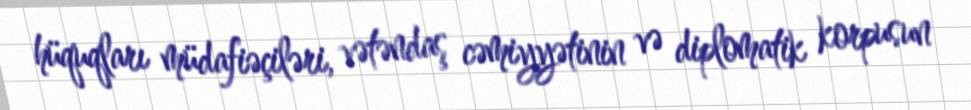
hüquqları müdafiəçiləri, vətəndaş cəmiyyətinin və diplomatik korpusun